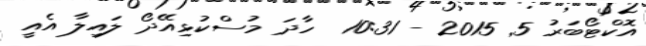
އޮކްޓޯބަރު 5